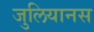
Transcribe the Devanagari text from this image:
जुलियानस